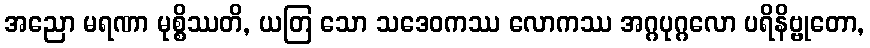
အညော မရဏာ မုစ္စိဿတိ, ယတြ သော သဒေဝကဿ လောကဿ အဂ္ဂပုဂ္ဂလော ပရိနိဗ္ဗုတော,